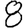
Digit: 8